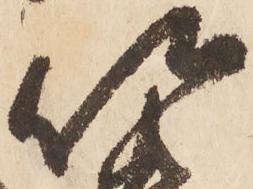
以